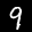
Label: 9